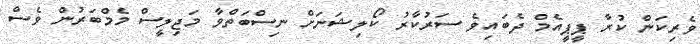
ވެރިކަން ކުރާ ޕީޕީއެމް ދެބައިވެ ސަރުކާރު ކޯލިޝަނަށް ނިސްބަތްވާ މަޖިލީސް މެމްބަރުން ވެސް